Annual administration report of the Civil Veterinary Department of India - 1894-1895
Year: 1894
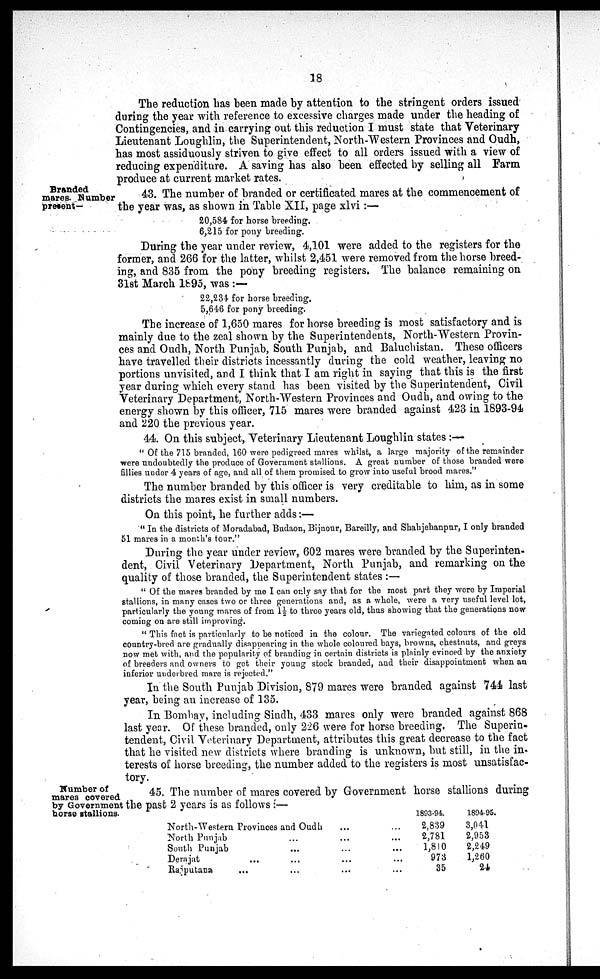
18
The reduction has been made by attention to the stringent orders issued
during the year with reference to excessive charges made under the heading of
Contingencies, and in carrying out this reduction I must state that Veterinary
Lieutenant Loughlin, the Superintendent, North-Western Provinces and Oudh,
has most assiduously striven to give effect to all orders issued with a view of
reducing expenditure. A saving has also been effected by selling all Farm
produce at current market rates.
Branded
mares. Number
present—
43. The number of branded or certificated mares at the commencement of
the year was, as shown in Table XII, page xlvi:—
20,584 for horse breeding.
6,215 for pony breeding.
During the year under review, 4,101 were added to the registers for the
former, and 266 for the latter, whilst 2,451 were removed from the horse breed-
ing, and 835 from the pony breeding registers. The balance remaining on
31st March 1895, was :—
22,234 for horse breeding.
5,646 for pony breeding.
The increase of 1,650 mares for horse breeding is most satisfactory and is
mainly due to the zeal shown by the Superintendents, North-Western Provin-
ces and Oudh, North Punjab, South Punjab, and Baluchistan. These officers
have travelled their districts incessantly during the cold weather, leaving no
portions unvisited, and I think that I am right in saying that this is the first
year during which every stand has been visited by the Superintendent, Civil
Veterinary Department, North-Western Provinces and Oudh, and owing to the
energy shown by this officer, 715 mares were branded against 423 in 1893-94
and 220 the previous year.
44. On this subject, Veterinary Lieutenant Loughlin states :—
" Of the 715 branded, 160 were pedigreed mares whilst, a large majority of the remainder
were undoubtedly the produce of Government stallions. A great number of those branded were
fillies under 4 years of age, and all of them promised to grow into useful brood mares."
The number branded by this officer is very creditable to him, as in some
districts the mares exist in small numbers.
On this point, he further adds:—
" In the districts of Moradabad, Budaon, Bijnour, Bareilly, and Shahjehanpur, I only branded
51 mares in a month's tour."
During the year under review, 602 mares were branded by the Superinten-
dent, Civil Veterinary Department, North Punjab, and remarking on the
quality of those branded, the Superintendent states :—
" Of the mares branded by me I can only say that for the most part they were by Imperial
stallions, in many cases two or three generations and, as a whole, were a very useful level lot,
particularly the young mares of from 1½ to three years old, thus showing that the generations now
coming on are still improving.
" This fact is particularly to be noticed in the colour. The variegated colours of the old
country-bred are gradually disappearing in the whole coloured bays, browns, chestnuts, and greys
now met with, and the popularity of branding in certain districts is plainly evinced by the anxiety
of breeders and owners to get their young stock branded, and their disappointment when an
inferior underbred mare is rejected."
In the South Punjab Division, 879 mares were branded against 744 last
year, being an increase of 135.
In Bombay, including Sindh, 433 mares only were branded against 868
last year. Of these branded, only 226 were for horse breeding, The Superin-
tendent, Civil Veterinary Department, attributes this great decrease to the fact
that he visited new districts where branding is unknown, but still, in the in-
terests of horse breeding, the number added to the registers is most unsatisfac-
tory.
Number of
mares covered
by Government
horse stallions.
45. The number of mares covered by Government horse stallions during
the past 2 years is as follows :—
North-Western Provinces and Oudh
...
...
North Punjab
...
...
...
South Punjab
...
...
...
Derajat
...
...
...
...
Rajputana
...
...
...
...
1893-94.
2,839
2,781
1,810
973
35
1894-95.
3,041
2,953
2,249
1,260
24